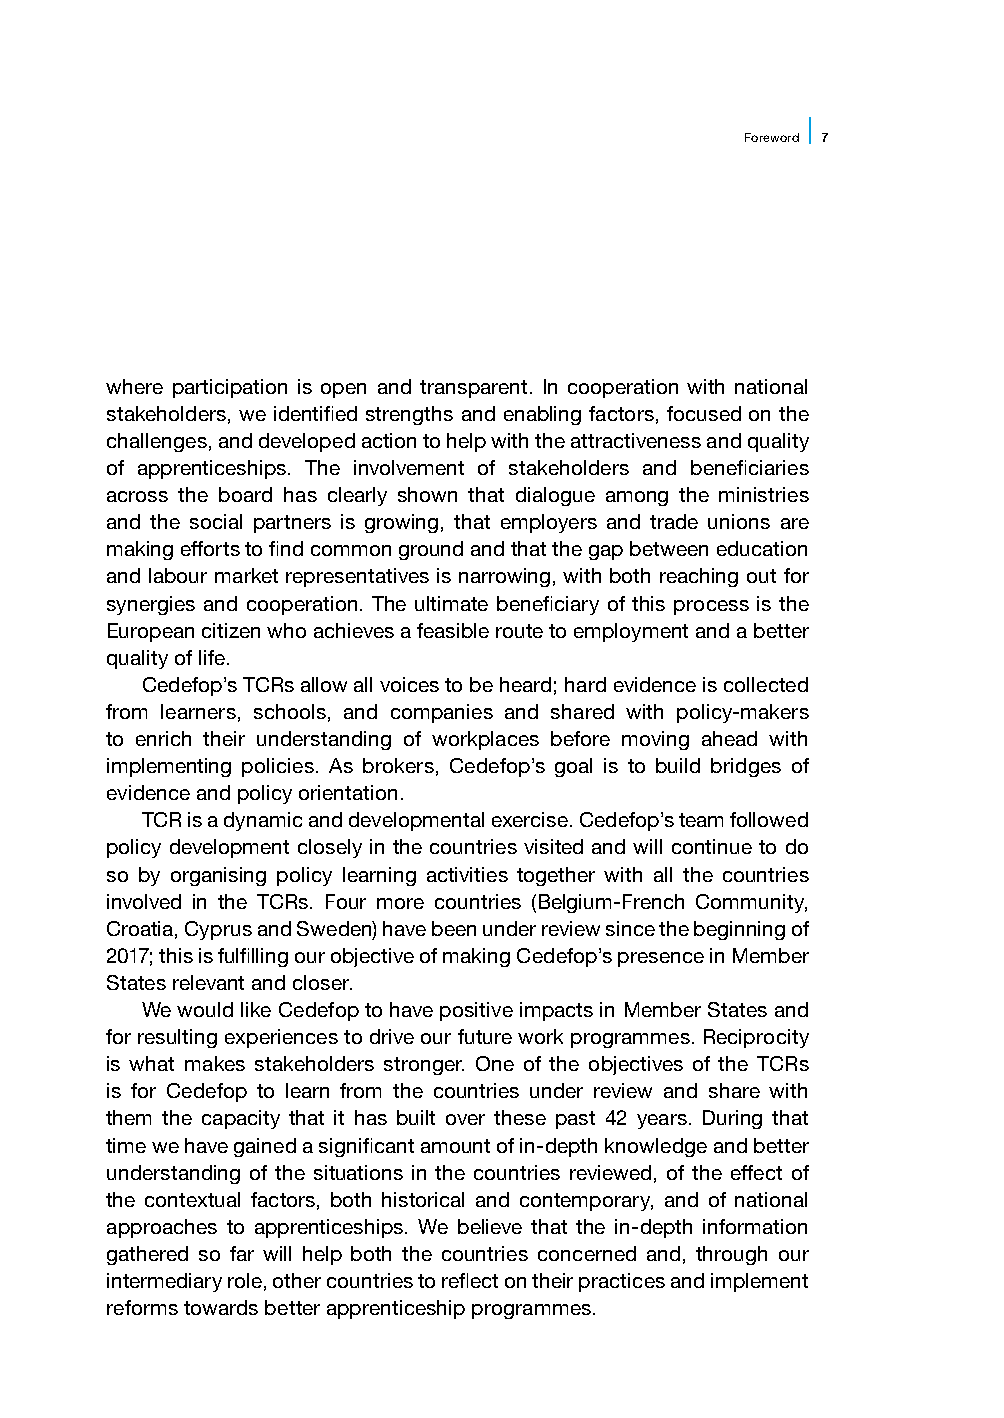
FFoorreewwoorrdd 7
 where participation is open and transparent. In cooperation with national
 stakeholders, we identified strengths and enabling factors, focused on the
 challenges, and developed action to help with the attractiveness and quality
 of apprenticeships. The involvement of stakeholders and beneficiaries
 across the board has clearly shown that dialogue among the ministries
 and the social partners is growing, that employers and trade unions are
 making efforts to find common ground and that the gap between education
 and labour market representatives is narrowing, with both reaching out for
 synergies and cooperation. The ultimate beneficiary of this process is the
 European citizen who achieves a feasible route to employment and a better
 quality of life.
 Cedefop’s TCRs allow all voices to be heard; hard evidence is collected
 from learners, schools, and companies and shared with policy-makers
 to enrich their understanding of workplaces before moving ahead with
 implementing policies. As brokers, Cedefop’s goal is to build bridges of
 evidence and policy orientation.
 TCR is a dynamic and developmental exercise. Cedefop’s team followed
 policy development closely in the countries visited and will continue to do
 so by organising policy learning activities together with all the countries
 involved in the TCRs. Four more countries (Belgium-French Community,
 Croatia, Cyprus and Sweden) have been under review since the beginning of
 2017; this is fulfilling our objective of making Cedefop’s presence in Member
 States relevant and closer.
 We would like Cedefop to have positive impacts in Member States and
 for resulting experiences to drive our future work programmes. Reciprocity
 is what makes stakeholders stronger. One of the objectives of the TCRs
 is for Cedefop to learn from the countries under review and share with
 them the capacity that it has built over these past 42 years. During that
 time we have gained a significant amount of in-depth knowledge and better
 understanding of the situations in the countries reviewed, of the effect of
 the contextual factors, both historical and contemporary, and of national
 approaches to apprenticeships. We believe that the in-depth information
 gathered so far will help both the countries concerned and, through our
 intermediary role, other countries to reflect on their practices and implement
 reforms towards better apprenticeship programmes.